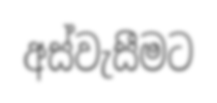
අස්වැසීමට